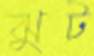
ঝুট